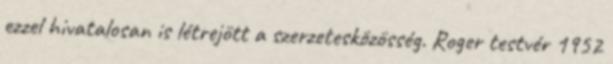
ezzel hivatalosan is létrejött a szerzetesközösség. Roger testvér 1952